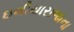
ઇલીયારાજાના